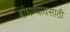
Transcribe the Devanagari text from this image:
बांधण्यायसाठी